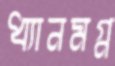
ধ্যানমগ্ন